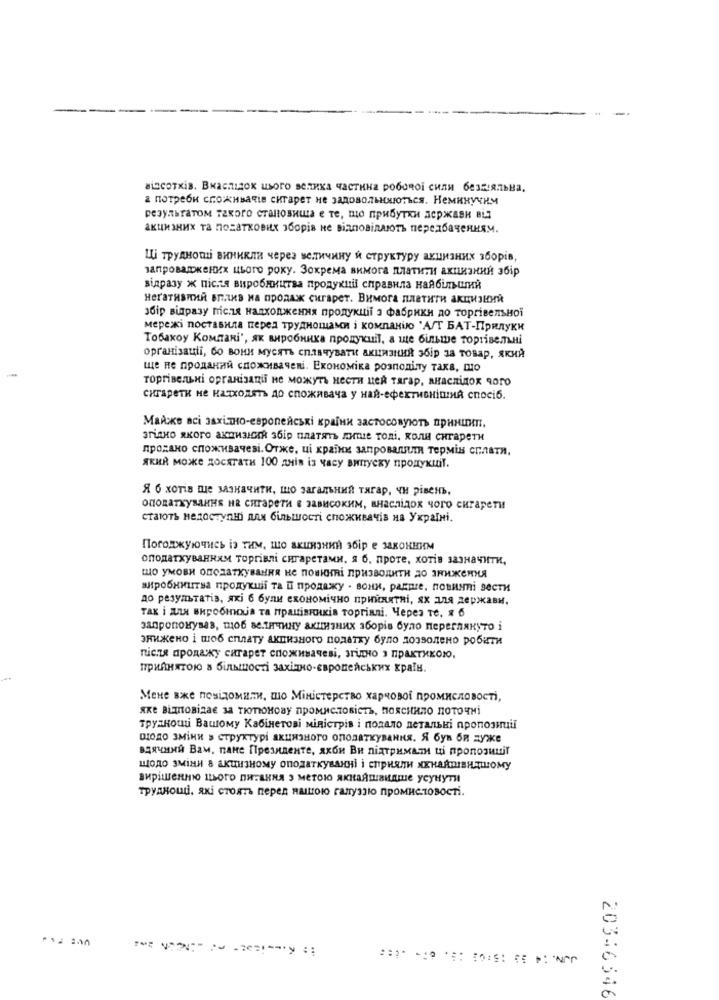
взсоткiв. Вкаспидок ивого велика частина робочой сили безжеяльва.
а потреби споживаяів сигарет не задовольниються. Неминучим
результатом такого становища е те, що прибутки держави вых
акцизних та позаткових эборів не відповідлють передбачениям.
Ці трудноши виникли через величину и структуру акцизних 360рів,
запроваджених цього року. Зокрема вимога платити акцизний збір
відразу ж після виробництва продукиі справила найбольший
негативний вплиз на продаж сигарет. Вимога платити акцизний
збір відразу після надходжения продукций з фабрики до торгвельной
мережі поставила перед труднощами i компанию "А/Т БАТ-Прилуки
Тобахоу Компані', як виробника продукий, а ще більше тортiвельні
організаціі, бо вони мусять сплачувати акцизний эбір за товар, який
ще не проданий споживачені. Економіка розподілу така, шо
тоpriвeльні организаци не можуть нести цей тагар, анаслідох чого
сигарети не надходять до споживача у най-ефективніший спосіб.
Майже всі захидно-европейські крайни застосовують принцип.
ariako skoro akgHaiork 36ip nnaTais some Toni, Konu CHrapeTH
продано споживачеві. Отже, ці крайни запровалили термін сплатя,
який може досягати 100 днів із часу випуску продукціт.
Я б хотів ше зазначити, шо загальний тягар, чи рівень.
оподаткування на сигарети в зависоким, внаслідок чого сигарети
стають недоступно для більшості споживачів на Україні.
Погоджуючись э тим, шо акцизний збір е законним
оподатхуваниям торгілі сигаретами, я б, проте, хотів зазначити,
шо умови оподаткувания не повиний призводити до знижения
виробництва продукши та И продажу - вони, радре, повиний вести
до результатів, які б були економічно прийнятяі, ях для державы.
TAK i AIN BHROOIJa Ta IpaliBRUKis Topriani. Hepes Te, & 6
запропонуваз, щоб величину акцизних зборів було переглянуто i
энижено і шоб сплату акцизного податку було дозволено робати
після продажу сигарет споживачеві, згідно з практикою.
прийнятою в більшості західно-европейських краты.
Мене вже повидомили, шо Міністерство харчовой промисловості,
"Ke BimoBizaE sa TIONIOHOBy nPOMNCTOBiCTS, HORCHHNO MOTORMi
TPyaHouti BauIOMy KabineToBi MiRiCTpis i MORATO neTARSki nponosiruil
ододо зміни в структурі акцизного оподаткувания. Я був би дуже
вдячний Вам, пане Президенте, яхби Ви підтримали ці пропозишт
щодо зміни в акцизному оподаткуванні і сприяли яхнаяшвидшому
вирішенню шього питания э метою якнаяшаидше усунути
труднощі, які стоять перед нашою галуззю промисловості.
20346546